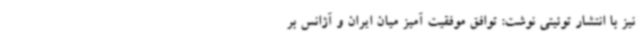
نیز با انتشار توئیتی نوشت: توافق موفقیت آمیز میان ایران و آژانس بر